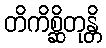
တိကိစ္ဆိတုန္တိ